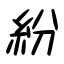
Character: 紛